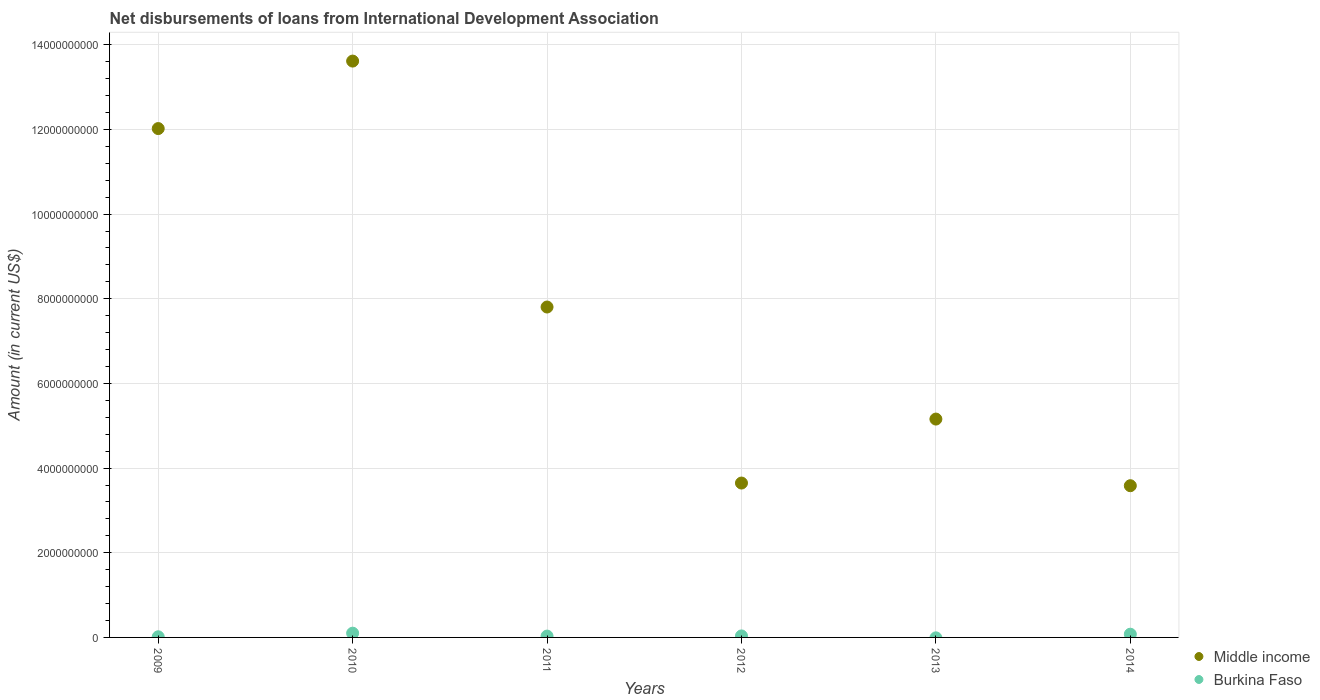
| Years | Middle income | Burkina Faso |
 | --- | --- | --- |
 | 2009 | 1.2e+10 | 1.51e+07 |
 | 2010 | 1.36e+10 | 1e+08 |
 | 2011 | 7.81e+09 | 3.15e+07 |
 | 2012 | 3.65e+09 | 3.53e+07 |
 | 2013 | 5.16e+09 | -9.95e+06 |
 | 2014 | 3.58e+09 | 7.61e+07 |